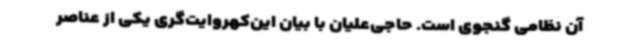
آن نظامی گنجوی است. حاجی‌علیان با بیان این‌کهروایت‌گری یکی از عناصر